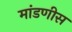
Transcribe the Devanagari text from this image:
मांडणीस